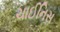
ચાઈનિસ